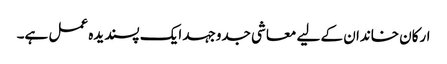
ارکان خاندان کے لیے معاشی جدوجہد ایک پسندیدہ عمل ہے۔